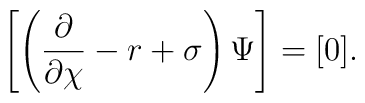
\left[\left(\frac{\partial}{\partial\chi}-r+\sigma\right) \Psi\right]=[0].